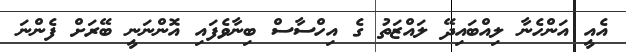
އެއީ އަންހެނާ ލިއްބައިދޭ ލައްޒަތު ގެ އިހްސާސް ބިނާވެފައި އޮންނަނީ ބޭރަށް ފެންނަ